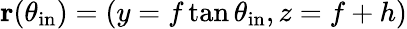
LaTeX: {\mathbf r}(\theta_{\mathrm{in}})=(y=f\tan{\theta_{\mathrm{in}},z=f+h})